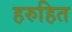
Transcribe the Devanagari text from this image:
हरुहित